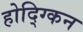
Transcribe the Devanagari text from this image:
होद्ग्किन